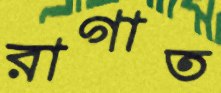
রাগাত